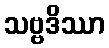
သဗ္ဗဒိဿာ